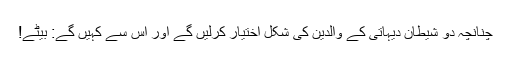
چنانچہ دو شیطان دیہاتی کے والدین کی شکل اختیار کرلیں گے اور اس سے کہیں گے: بیٹے!